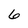
Character: 6